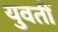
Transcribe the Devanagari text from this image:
युवतीं